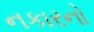
નકારનો